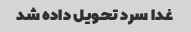
غدا سرد تحویل داده شد